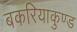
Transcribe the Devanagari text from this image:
बकरियाकुण्ड